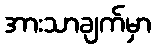
အားသာချက်မှာ